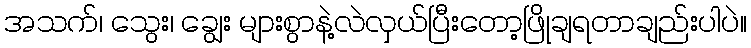
အသက်၊ သွေး၊ ချွေး များစွာနဲ့လဲလှယ်ပြီးတော့ဖြိုချရတာချည်းပါပဲ။